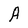
Character: A